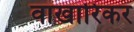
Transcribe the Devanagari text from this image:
वाखारिकर